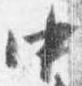
中